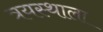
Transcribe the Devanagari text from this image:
त्रयस्थाला